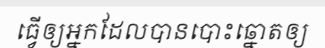
ធ្វើឲ្យអ្នកដែលបានបោះឆ្នោតឲ្យ